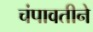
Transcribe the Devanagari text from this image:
चंपावतीने